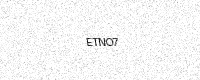
Text: ETNO7